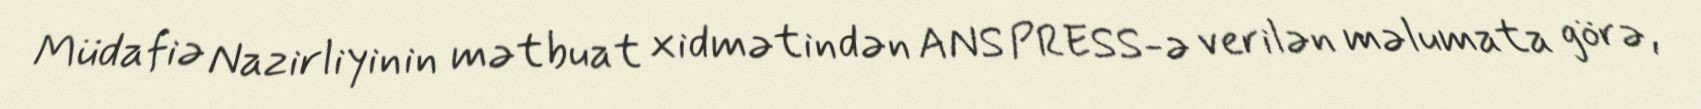
Müdafiə Nazirliyinin mətbuat xidmətindən ANS PRESS-ə verilən məlumata görə,